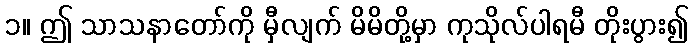
၁။ ဤ သာသနာတော်ကို မှီလျက် မိမိတို့မှာ ကုသိုလ်ပါရမီ တိုးပွား၍